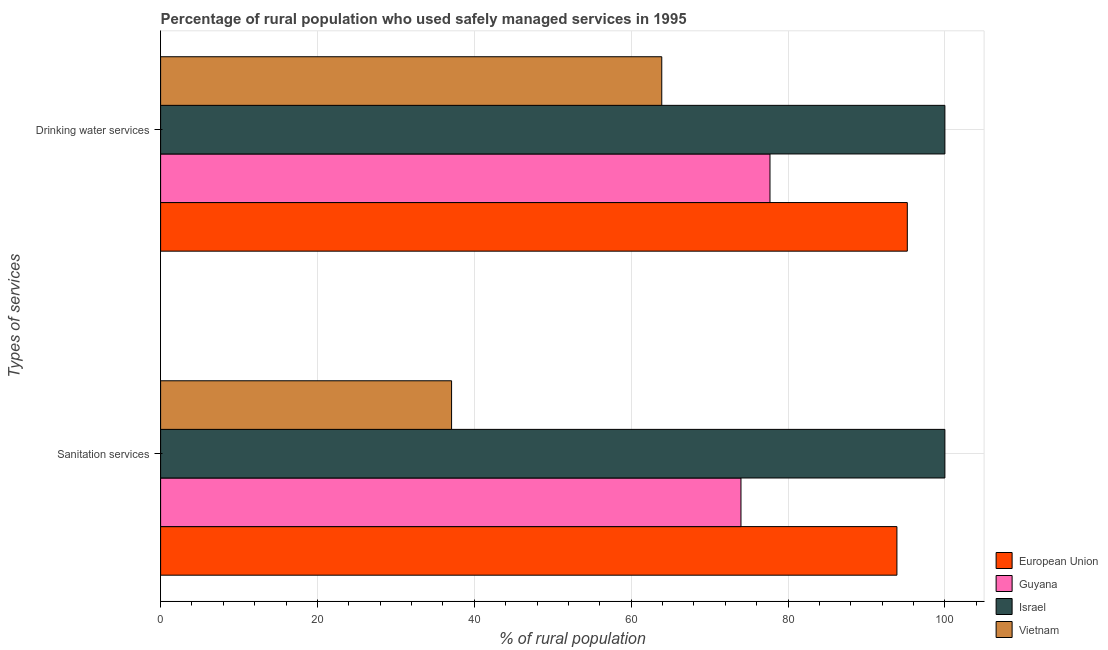
| Types of services | European Union | Guyana | Israel | Vietnam |
 | --- | --- | --- | --- | --- |
 | Sanitation services | 93.9 | 74 | 100 | 37.1 |
 | Drinking water services | 95.2 | 77.7 | 100 | 63.9 |